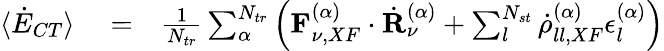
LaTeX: \begin{array}{rlr}{\langle\dot{E}_{CT}\rangle}&{{}=}&{\frac{1}{N_{tr}}\sum_{\alpha}^{N_{tr}}\left(\mathbf{F}_{\nu,XF}^{(\alpha)}\cdot\dot{\mathbf{R}}_{\nu}^{(\alpha)}+\sum_{l}^{N_{st}}\dot{\rho}_{ll,XF}^{(\alpha)}\epsilon_{l}^{(\alpha)}\right)}\end{array}